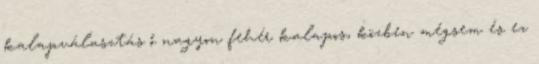
kalapválasztás ő nagyon fehér kalapos, közben mégsem és ez